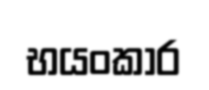
භයංකාර